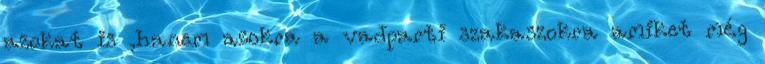
azokat is ,hanem azokra a vadparti szakaszokra amiket még